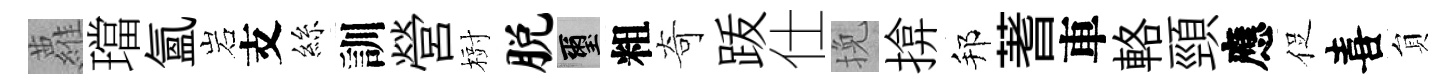
蘿璫氲岩支絲訓營𣗳脱璽粗奇䟦仕挽揜邦蓍車輅頸應促喜貟